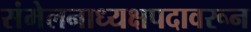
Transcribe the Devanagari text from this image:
संमेलनाध्यक्षपदावरून